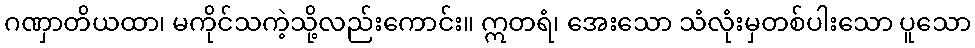
ဂဏှာတိယထာ၊ မကိုင်သကဲ့သို့လည်းကောင်း။ ဣတရံ၊ အေးသော သံလုံးမှတစ်ပါးသော ပူသော